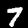
Label: 7